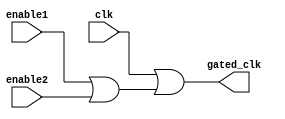
module clock_gating (
    input wire clk,                // Main clock input
    input wire enable1,           // First enable signal
    input wire enable2,           // Second enable signal (can be extended for more)
    output wire gated_clk         // Gated clock output
);

// OR gate to combine the main clock with enable signals
assign gated_clk = clk | (enable1 | enable2);

endmodule